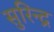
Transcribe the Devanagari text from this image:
सुरिन्द्र